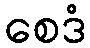
စေဒံ